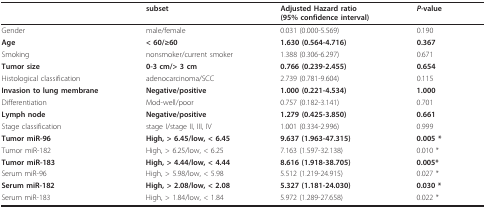
|  | subset | Adjusted Hazard ratio(95% confidence interval) | P-value |
 | --- | --- | --- | --- |
 | Gender | male/female | 0.031 (0.000-5.569) | 0.190 |
 | Age | < 60/≥60 | 1.630 (0.564-4.716) | 0.367 |
 | Smoking | nonsmoker/current smoker | 1.388 (0.306-6.297) | 0.671 |
 | Tumor size | 0-3 cm/> 3 cm | 0.766 (0.239-2.455) | 0.654 |
 | Histological classification | adenocarcinoma/SCC | 2.739 (0.781-9.604) | 0.115 |
 | Invasion to lung membrane | Negative/positive | 1.000 (0.221-4.534) | 1.000 |
 | Differentiation | Mod-well/poor | 0.757 (0.182-3.141) | 0.701 |
 | Lymph node | Negative/positive | 1.279 (0.425-3.850) | 0.661 |
 | Stage classification | stage I/stage II, III, IV | 1.001 (0.334-2.996) | 0.999 |
 | Tumor miR-96 | High, > 6.45/low, < 6.45 | 9.637 (1.963-47.315) | 0.005 * |
 | Tumor miR-182 | High, > 6.25/low, < 6.25 | 7.163 (1.597-32.138) | 0.010 * |
 | Tumor miR-183 | High, > 4.44/low, < 4.44 | 8.616 (1.918-38.705) | 0.005* |
 | Serum miR-96 | High, > 5.98/low, < 5.98 | 5.512 (1.219-24.915) | 0.027 * |
 | Serum miR-182 | High, > 2.08/low, < 2.08 | 5.327 (1.181-24.030) | 0.030 * |
 | Serum miR-183 | High, > 1.84/low, < 1.84 | 5.972 (1.289-27.658) | 0.022 * |